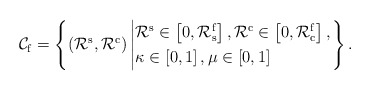
\begin{align*}\mathcal{C}_{\rm{f}}=\left\{\left({\mathcal{R}}^{\rm{s}},{\mathcal{R}}^{\rm{c}}\right)\left|\begin{aligned}&{\mathcal{R}}^{\rm{s}}\in\left[0,\mathcal{R}_{\rm{s}}^{\rm{f}}\right],{\mathcal{R}}^{\rm{c}}\in\left[0,\mathcal{R}_{\rm{c}}^{\rm{f}}\right],\\&\kappa\in\left[0,1\right],\mu\in\left[0,1\right]\end{aligned}\right.\right\}.\end{align*}